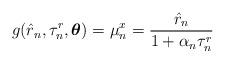
LaTeX: \begin{align*}g_{}(\hat{r}_n,\tau_n^r,\boldsymbol{\theta})=\mu_n^x=\frac{\hat{r}_n}{1+\alpha_n\tau_n^r}\end{align*}